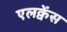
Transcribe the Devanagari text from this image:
एलक्वेंस